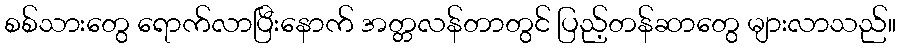
စစ်သားတွေ ရောက်လာပြီးနောက် အတ္တလန်တာတွင် ပြည့်တန်ဆာတွေ များလာသည်။